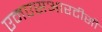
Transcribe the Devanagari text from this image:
एमएसआरटीसी